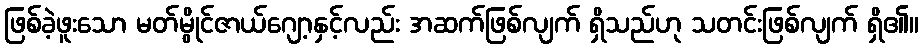
ဖြစ်ခဲ့ဖူးသော မတ်မွိုင်ဇာယ်ဂျော့နှင့်လည်း အဆက်ဖြစ်လျက် ရှိသည်ဟု သတင်းဖြစ်လျက် ရှိ၏။